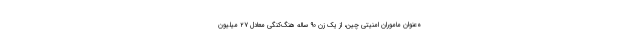
ه‌عنوان ماموران امنیتی چین، از یک زن ۹۰ ساله هنگ‌کنگی معادل ۲۷ میلیون